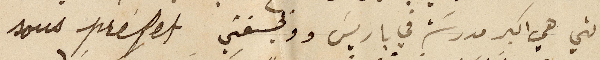
التي هي اكبر مدرسة في باريس ووظيفتي sous préfet